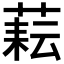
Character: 𦶮